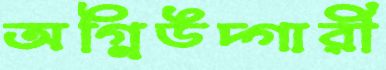
অগ্নিউদ্গারী